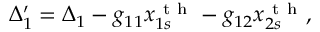
\Delta _ { 1 } ^ { \prime } = \Delta _ { 1 } - g _ { 1 1 } x _ { 1 s } ^ { \mathrm { ~ t ~ h ~ } } - g _ { 1 2 } x _ { 2 s } ^ { \mathrm { ~ t ~ h ~ } } ,